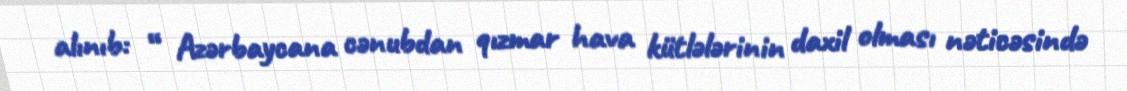
alınıb: “ Azərbaycana cənubdan qızmar hava kütlələrinin daxil olması nəticəsində